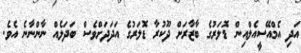
އަދި އެމްއޭސީއެލްއިން ޑޮލަރުގެ ބާޒާރަށް ދޫކުރާ ޑޮލަރުގެ އަދަދަށްވެސް ބަދަލެއް ނާންނާނެ އެވެ.